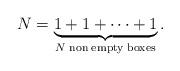
LaTeX: \begin{align*}N=\underbrace{1+1+\cdots+1}_{N\; \mathrm{non\; empty\; boxes}}.\end{align*}